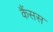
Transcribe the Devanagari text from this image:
कैंसस